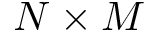
N \times M